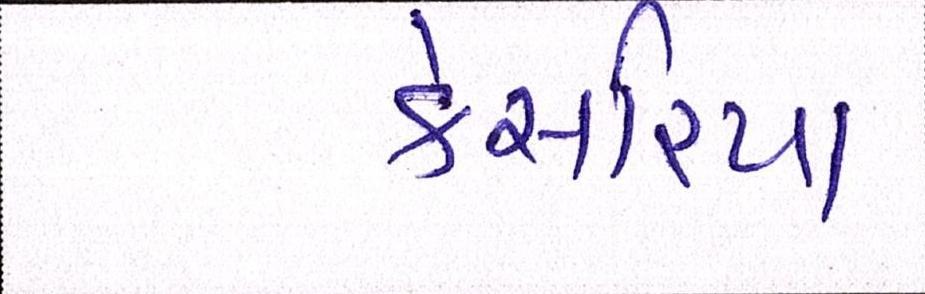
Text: કેસરિયા